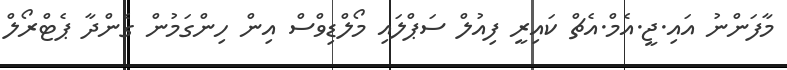
މާފަންނު އައި.ޖީ.އެމް.އެޗް ކައިރީ ފިއުލް ސަޕްލައި މޯލްޑިވްސް އިން ހިންގަމުން ގެންދާ ޕެޓްރޯލް